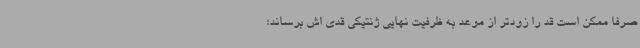
صرفا ممکن است قد را زودتر از موعد به ظرفیت نهایی ژنتیکی قدی اش برساند؛